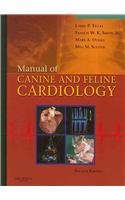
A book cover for Manual of Canine and Feline Cardiology - Text and VETERINARY CONSULT Package, 4e; Larry P. Tilley DVM  DACVIM(Internal Medicine); Medical Books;